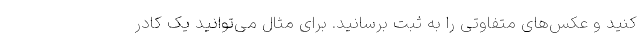
کنید و عکس‌های متفاوتی را به ثبت برسانید. برای مثال می‌توانید یک کادر